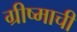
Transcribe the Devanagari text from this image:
ग्रीष्माची